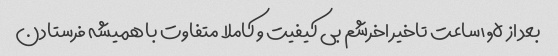
بعد از ۱٫۵ساعت تاخیر اخرشم بی کیفیت و کاملا متفاوت با همیشه فرستادن